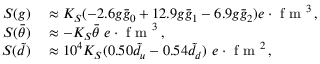
\begin{array} { r l } { S ( g ) } & { { } \approx K _ { S } ( - 2 . 6 g \bar { g } _ { 0 } + 1 2 . 9 g \bar { g } _ { 1 } - 6 . 9 g \bar { g } _ { 2 } ) e \cdot \mathrm { ~ f ~ m ~ } ^ { 3 } \, , } \\ { S ( \bar { \theta } ) } & { { } \approx - K _ { S } \bar { \theta } \ e \cdot \mathrm { ~ f ~ m ~ } ^ { 3 } \, , } \\ { S ( \tilde { d } ) } & { { } \approx 1 0 ^ { 4 } K _ { S } ( 0 . 5 0 \tilde { d } _ { u } - 0 . 5 4 \tilde { d } _ { d } ) \ e \cdot \mathrm { ~ f ~ m ~ } ^ { 2 } \, , } \end{array}